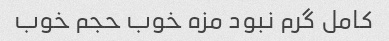
کامل گرم نبود مزه خوب حجم خوب